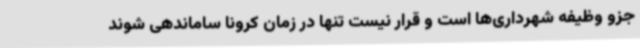
جزو وظیفه شهرداری‌ها است و قرار نیست تنها در زمان کرونا ساماندهی شوند